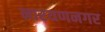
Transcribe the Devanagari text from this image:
नारयणनगर